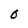
Character: O